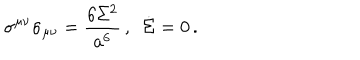
LaTeX: \sigma ^ { \mu \nu } \sigma _ { \mu \nu } = { \frac { 6 \Sigma ^ { 2 } } { a ^ { 6 } } } \, , ~ ~ \dot { \Sigma } = 0 \, .